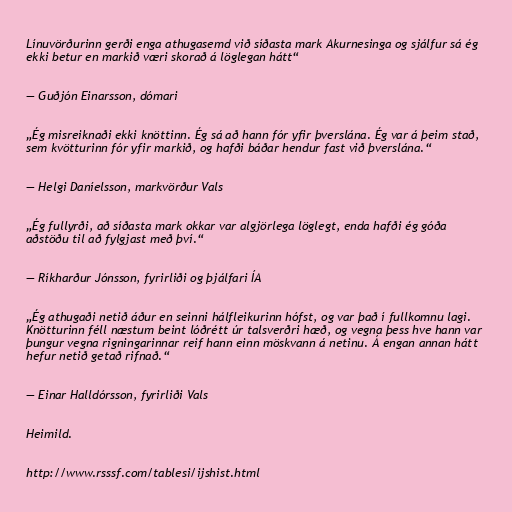
Línuvörðurinn gerði enga athugasemd við síðasta mark Akurnesinga og sjálfur sá ég
ekki betur en markið væri skorað á löglegan hátt“

— Guðjón Einarsson, dómari

„Ég misreiknaði ekki knöttinn. Ég sá að hann fór yfir þverslána. Ég var á þeim stað,
sem kvötturinn fór yfir markið, og hafði báðar hendur fast við þverslána.“

— Helgi Daníelsson, markvörður Vals

„Ég fullyrði, að síðasta mark okkar var algjörlega löglegt, enda hafði ég góða
aðstöðu til að fylgjast með því.“

— Ríkharður Jónsson, fyrirliði og þjálfari ÍA

„Ég athugaði netið áður en seinni hálfleikurinn hófst, og var það í fullkomnu lagi.
Knötturinn féll næstum beint lóðrétt úr talsverðri hæð, og vegna þess hve hann var
þungur vegna rigningarinnar reif hann einn möskvann á netinu. Á engan annan hátt
hefur netið getað rifnað.“

— Einar Halldórsson, fyrirliði Vals

Heimild.

http://www.rsssf.com/tablesi/ijshist.html